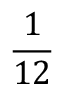
\frac { 1 } { 1 2 }